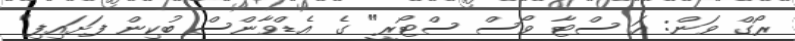
ރޯގް ވަން: އަ ސްޓާ ވޯސް ސްޓޯރީ" ގެ އެޑްވާންސް ބުކިން ފަށައިފި"